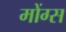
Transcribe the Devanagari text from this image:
मोंग्स